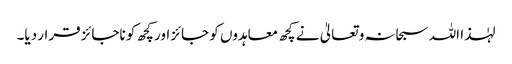
لہٰذا اللہ سبحانہ و تعالیٰ نے کچھ معاہدوں کو جائز اور کچھ کو ناجائز قرار دیا۔